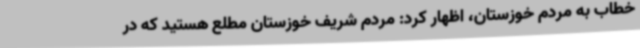
خطاب به مردم خوزستان، اظهار کرد: مردم شریف خوزستان مطلع هستید که در